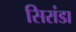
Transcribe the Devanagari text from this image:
सिरांडा